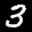
Label: 3